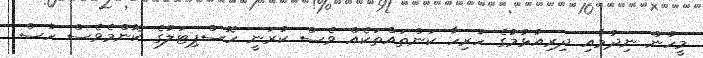
މީހުން ނިދުމާއި ދިރިއުޅުމުގެ ހުރިހާ ކަންތައްތަކެއް ވެސް ކުރަނީ ހޮސްޕިޓަލުގެ ކޮންމެވެސް ހުސް